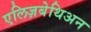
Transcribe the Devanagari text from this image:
एलिज़बेथिअन